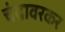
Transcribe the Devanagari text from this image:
चंद्रावरकर